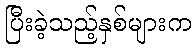
ပြီးခဲ့သည့်နှစ်များက